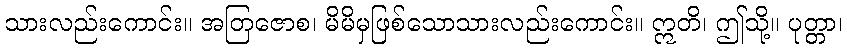
သားလည်းကောင်း။ အတြဇောစ၊ မိမိမှဖြစ်သောသားလည်းကောင်း။ ဣတိ၊ ဤသို့။ ပုတ္တာ၊